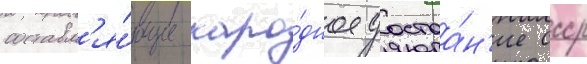
составл'я́ющие наро́дное достоа́н'ие ссср